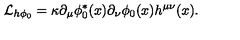
{ \cal { L } } _ { h \phi _ { 0 } } = \kappa \partial _ { \mu } \phi _ { 0 } ^ { * } ( x ) \partial _ { \nu } \phi _ { 0 } ( x ) h ^ { \mu \nu } ( x ) .